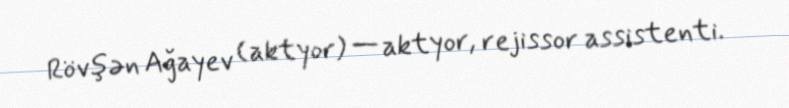
Rövşən Ağayev (aktyor) — aktyor, rejissor assistenti.